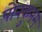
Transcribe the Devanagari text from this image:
पोनकुनम